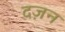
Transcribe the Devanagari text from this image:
दज़न